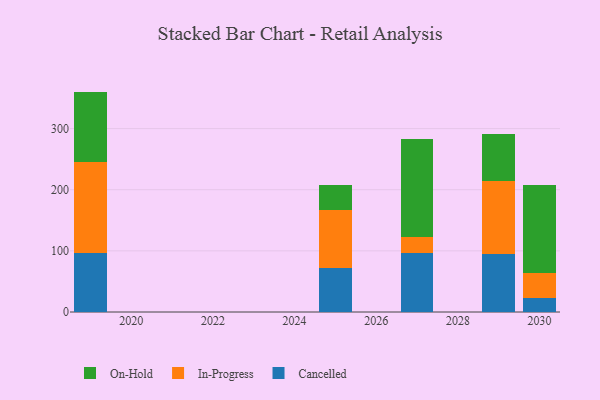
{"axis": {"x": "Year", "y": "Waste Production (Tons)"}, "legend": ["Cancelled", "In-Progress", "On-Hold"], "data": [{"x": "2030", "y": 22.9, "type": "Cancelled"}, {"x": "2030", "y": 41.0, "type": "In-Progress"}, {"x": "2030", "y": 143.3, "type": "On-Hold"}, {"x": "2029", "y": 95.5, "type": "Cancelled"}, {"x": "2029", "y": 119.0, "type": "In-Progress"}, {"x": "2029", "y": 76.9, "type": "On-Hold"}, {"x": "2027", "y": 96.5, "type": "Cancelled"}, {"x": "2027", "y": 26.4, "type": "In-Progress"}, {"x": "2027", "y": 159.4, "type": "On-Hold"}, {"x": "2019", "y": 96.0, "type": "Cancelled"}, {"x": "2019", "y": 150.0, "type": "In-Progress"}, {"x": "2019", "y": 114.5, "type": "On-Hold"}, {"x": "2025", "y": 71.2, "type": "Cancelled"}, {"x": "2025", "y": 95.1, "type": "In-Progress"}, {"x": "2025", "y": 41.9, "type": "On-Hold"}]}